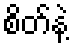
စိတ်နဲ့